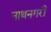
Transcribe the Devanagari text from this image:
नाथनगरी